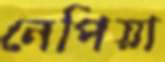
নেপিয়া